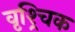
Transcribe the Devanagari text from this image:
वृश्र्चिक